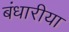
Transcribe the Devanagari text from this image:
बंधारीया